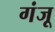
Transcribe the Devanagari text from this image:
गंजू